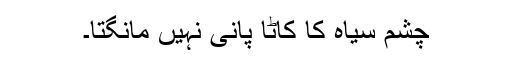
چشم سیاہ کا کاٹا پانی نہیں مانگتا۔